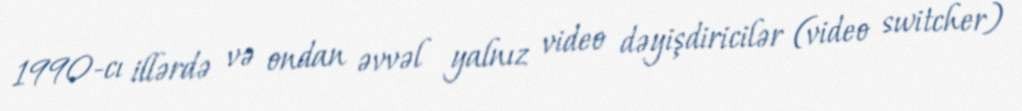
1990-cı illərdə və ondan əvvəl yalnız video dəyişdiricilər (video switcher)